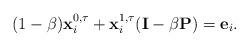
LaTeX: \begin{align*}(1-\beta) \mathbf{x}_i^{0, \tau} + \mathbf{x}_i^{1, \tau} (\mathbf{I} - \beta \mathbf{P}) = \mathbf{e}_i.\end{align*}